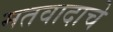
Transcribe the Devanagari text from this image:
मतवादाचे